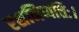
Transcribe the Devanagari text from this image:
रसनिष्पत्तिः।